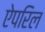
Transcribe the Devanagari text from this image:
ऐपरिल